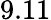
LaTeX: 9.11